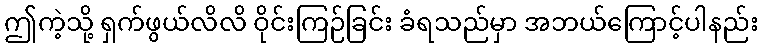
ဤကဲ့သို့ ရှက်ဖွယ်လိလိ ဝိုင်းကြဉ်ခြင်း ခံရသည်မှာ အဘယ်ကြောင့်ပါနည်း